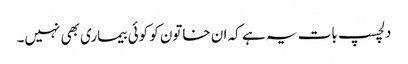
دلچسپ بات یہ ہے کہ ان خاتون کو کوئی بیماری بھی نہیں۔